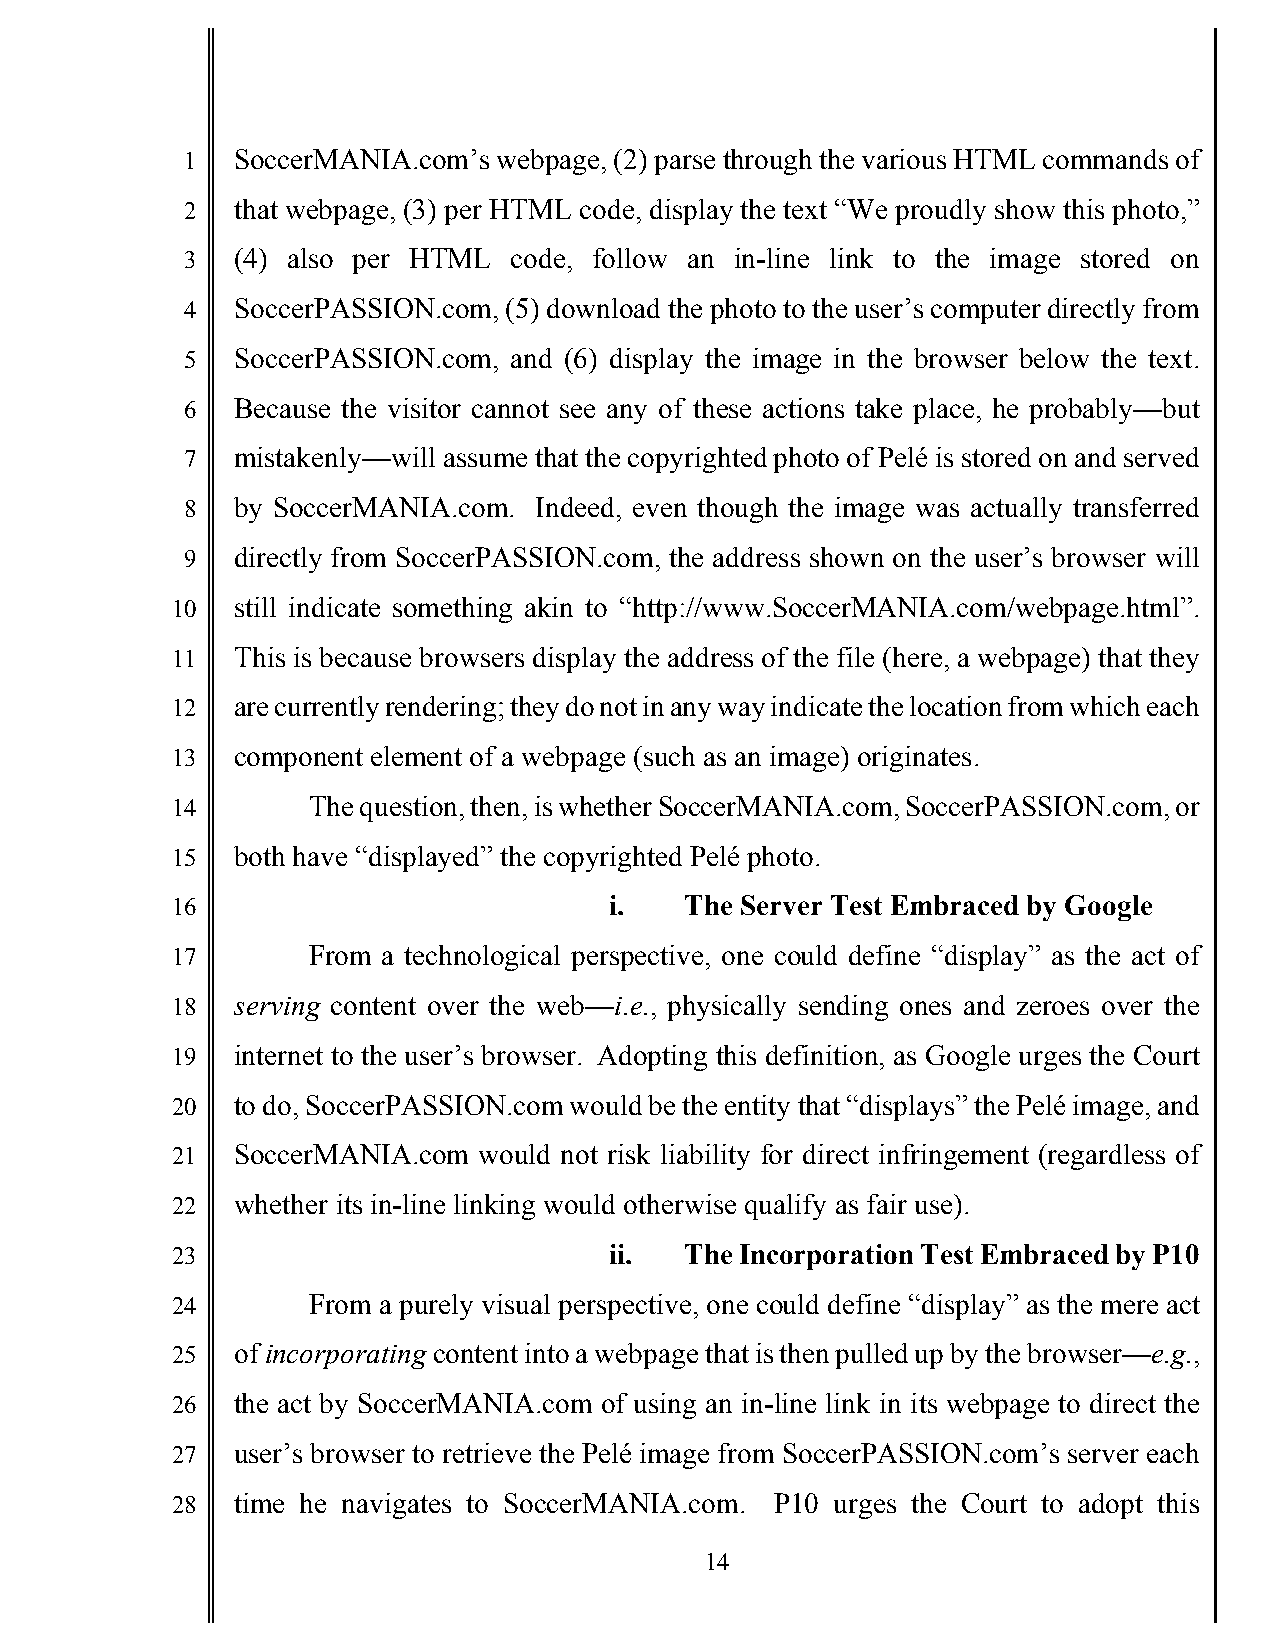
1   SoccerMANIA.com’s webpage, (2) parse through the various HTML commands of
 2   that webpage, (3) per HTML code, display the text “We proudly show this photo,”
 3   (4) also per HTML code, follow an in-line link to the image stored on
 4   SoccerPASSION.com, (5) download the photo to the user’s computer directly from
 5   SoccerPASSION.com, and (6) display the image in the browser below the text.
 6   Because the visitor cannot see any of these actions take place, he probably—but
 7   mistakenly—will assume that the copyrighted photo of Pelé is stored on and served
 8   by SoccerMANIA.com. Indeed, even though the image was actually transferred
 9   directly from SoccerPASSION.com, the address shown on the user’s browser will
 10   still indicate something akin to “http://www.SoccerMANIA.com/webpage.html”.
 11   This is because browsers display the address of the file (here, a webpage) that they
 12   are currently rendering; they do not in any way indicate the location from which each
 13   component element of a webpage (such as an image) originates.
 14       The question, then, is whether SoccerMANIA.com, SoccerPASSION.com, or
 15   both have “displayed” the copyrighted Pelé photo.
 16                           i.   The Server Test Embraced by Google
 17       From a technological perspective, one could define “display” as the act of
 18   serving content over the web—i.e., physically sending ones and zeroes over the
 19   internet to the user’s browser. Adopting this definition, as Google urges the Court
 20   to do, SoccerPASSION.com would be the entity that “displays” the Pelé image, and
 21   SoccerMANIA.com would not risk liability for direct infringement (regardless of
 22   whether its in-line linking would otherwise qualify as fair use).
 23                           ii.  The Incorporation Test Embraced by P10
 24       From a purely visual perspective, one could define “display” as the mere act
 25   of incorporating content into a webpage that is then pulled up by the browser—e.g.,
 26   the act by SoccerMANIA.com of using an in-line link in its webpage to direct the
 27   user’s browser to retrieve the Pelé image from SoccerPASSION.com’s server each
 28   time he navigates to SoccerMANIA.com. P10 urges the Court to adopt this
 14